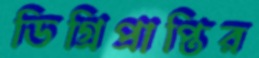
ডিগ্রিপ্রাপ্তির